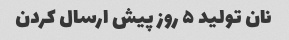
نان تولید ۵ روز پیش ارسال کردن